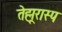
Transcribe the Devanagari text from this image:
तेह्मूरास्प